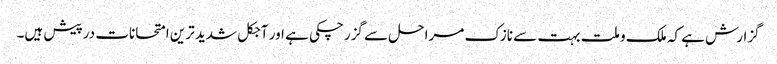
گزارش ہے کہ ملک و ملت بہت سے نازک مراحل سے گزرچکی ہے اور آجکل شدید ترین امتحانات درپیش ہیں۔